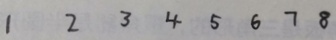
1 2 3 4 5 6 7 8